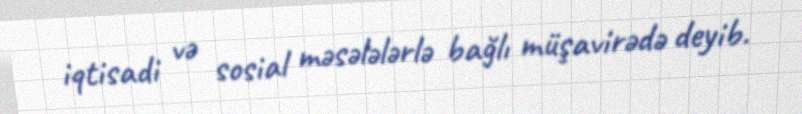
iqtisadi və sosial məsələlərlə bağlı müşavirədə deyib.